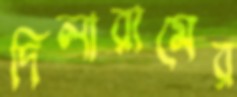
দিলারামের